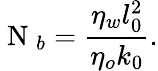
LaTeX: \mathrm{~N~}_{b}=\frac{\eta_{w}l_{0}^{2}}{\eta_{o}k_{0}}.